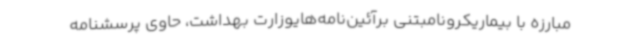
مبارزه با بیماریکرونامبتنی برآئین‌نامه‌هایوزارت بهداشت، حاوی پرسشنامه